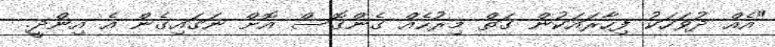
"އެއް ދުވަހަކު ފިހާރައަކުން ގަތް މިރުހެއް ގެންގޮސް އޮށް ނަގައިގެން އެ އިންދީ.